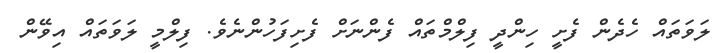
ލަވަތައް ހެދެން ފެށީ ހިންދީ ފިލްމްތައް ފެންނަށް ފެށިފަހުންނެވެ. ފިލްމީ ލަވަތައް އިވޭން